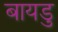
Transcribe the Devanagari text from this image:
बायडु